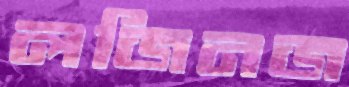
লজিনজ